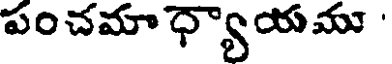
పంచమా ధ్యాయము